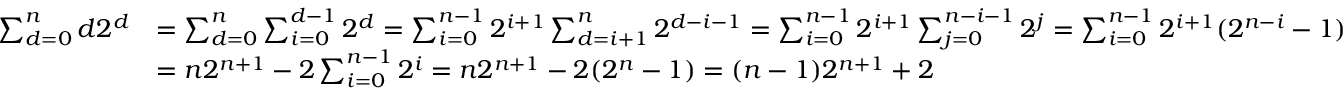
\begin{array} { r l } { \sum _ { d = 0 } ^ { n } d 2 ^ { d } } & { = \sum _ { d = 0 } ^ { n } \sum _ { i = 0 } ^ { d - 1 } 2 ^ { d } = \sum _ { i = 0 } ^ { n - 1 } 2 ^ { i + 1 } \sum _ { d = i + 1 } ^ { n } 2 ^ { d - i - 1 } = \sum _ { i = 0 } ^ { n - 1 } 2 ^ { i + 1 } \sum _ { j = 0 } ^ { n - i - 1 } 2 ^ { j } = \sum _ { i = 0 } ^ { n - 1 } 2 ^ { i + 1 } ( 2 ^ { n - i } - 1 ) } \\ & { = n 2 ^ { n + 1 } - 2 \sum _ { i = 0 } ^ { n - 1 } 2 ^ { i } = n 2 ^ { n + 1 } - 2 ( 2 ^ { n } - 1 ) = ( n - 1 ) 2 ^ { n + 1 } + 2 } \end{array}